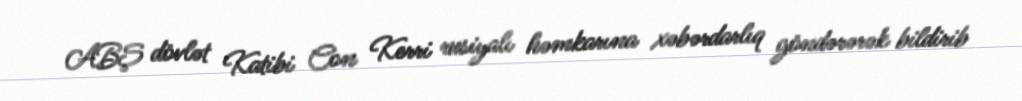
ABŞ dövlət Katibi Con Kerri rusiyalı həmkarına xəbərdarlıq göndərərək bildirib